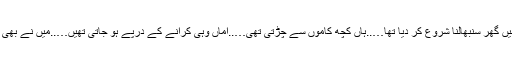
حالانکہ گھر داری ہمیں گھول کر پلا چکی تھیں…..اتنی سی عمر میں گھر سنبھالنا شروع کر دیا تھا…..ہاں کچھ کاموں سے چڑتی تھی…..اماں وہی کرانے کے درپے ہو جاتی تھیں…..میں نے بھی وہ کام کر کے نہ دیے…..نہ ہی آئندہ کروانے کی امید رکھی جائے۔